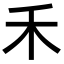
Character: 禾